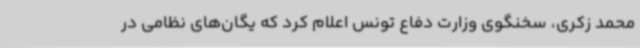
محمد زکری، سخنگوی وزارت دفاع تونس اعلام کرد که یگان‌های نظامی در